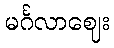
မင်္ဂလာဈေး